Bombay plague: being a history of the progress of plague in the Bombay presidency from September 1896 to June 1899
Year: 1896
Disease focus: Plague
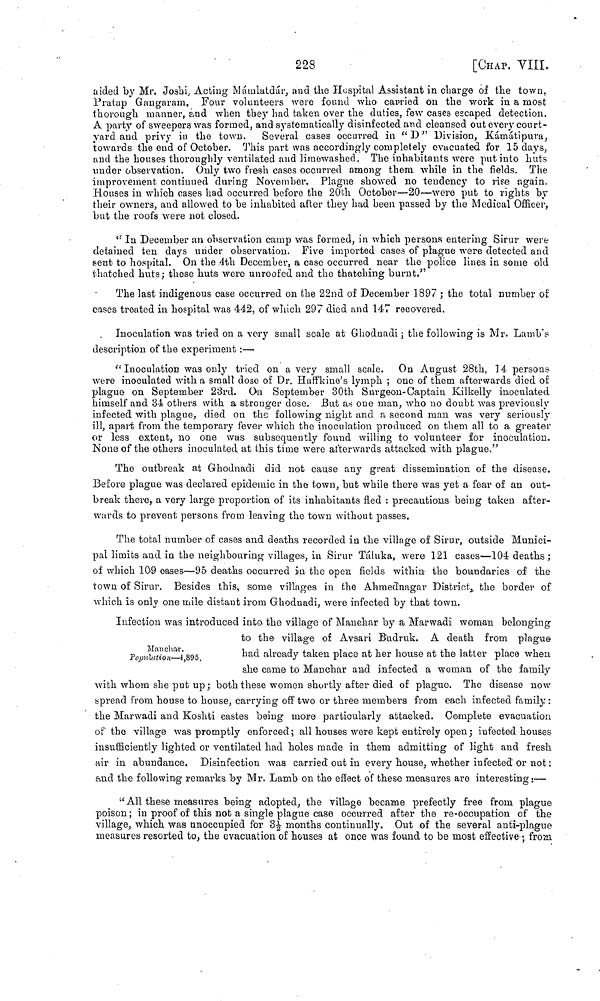
228
[CHAP. VIII.
aided by Mr. Joshi, Acting Mámlatdár, and the Hospital Assistant in charge of the town,
Pratap Gangaram. Four volunteers were found who carried on the work in a most
thorough manner, and when they had taken over the duties, few cases escaped detection.
A party of sweepers was formed, and systematically disinfected and cleansed out every court-
yard and privy in the town. Several cases occurred in "D" Division, Kámátipura,
towards the end of October. This part was accordingly completely evacuated for 15 days,
and the houses thoroughly ventilated and limewashed. The inhabitants were put into huts
under observation. Only two fresh cases occurred among them while in the fields. The
improvement continued during November. Plague showed no tendency to rise again.
Houses in which cases had occurred before the 20th October—20—were put to rights by
their owners, and allowed to be inhabited after they had been passed by the Medical Officer,
but the roofs were not closed.
"In December an observation camp was formed, in which persons entering Sirur were
detained ten days under observation. Five imported cases of plague were detected and
sent to hospital. On the 4th December, a case occurred near the police lines in some old
thatched huts ; these huts were unroofed and the thatching burnt."
The last indigenous case occurred on the 22nd of December 1897 ; the total number of
oases treated in hospital was 442, of which 297 died and 147 recovered.
Inoculation was tried on a very small scale at Ghodnadi ; the following is Mr. Lamb's
description of the experiment :—
"Inoculation was only tried on a very small scale. On August 28th, 14 persons
were inoculated with a smalt dose of Dr. Haffkine's lymph ; one of them afterwards died of
plague on September 23rd. On September 30th Surgeon-Captain Kilkelly inoculated
himself and 34 others with a stronger dose. But as one man, who no doubt was previously
infected with plague, died on the following night and a second man was very seriously
ill, apart from the temporary fever which the inoculation produced on them all to a greater
or less extent, no one was subsequently found willing to volunteer for inoculation.
None of the others inoculated at this time were afterwards attacked with plague."
The outbreak at Ghodnadi did not cause any great dissemination of the disease.
Before plague was declared epidemic in the town, but while there was yet a fear of an out-
break there, a very large proportion of its inhabitants fled : precautions being taken after-
wards to prevent persons from leaving the town without passes,
The total number of cases and deaths recorded in the village of Sirur, outside Munici-
pal limits and in the neighbouring villages, in Sirur Táluka, were 121 cases—104 deaths;
of which 109 cases—95· deaths occurred in the open fields within the boundaries of the
town of Sirur. Besides this, some villages in the Ahmednagar District, the border of
which is only one mile distant from Ghodnadi, were infected by that town.
Manchar.
Population—1,895.
Infection was introduced into the village of Manchar by a Marwadi woman belonging·
to the village of Avsari Budruk. A death from plague
had already taken place at her honse at the latter place when
she came to Manchar and infected a woman of the family
with whom she put up; both these women shortly after died of plague. The disease now
spread from house to house, carrying off two or three members from each infected family :
the Marwadi and Koshti eastes being more particularly attacked. Complete evacuation
of the village was promptly enforced; all houses were kept entirely open ; infected houses
insufficiently lighted or ventilated had holes made in them admitting of light and fresh
air in abundance. Disinfection was carried out in every house, whether infected or not :
and the following remarks by Mr. Lamb on the enect of these measures are interesting:—
"All these measures being adopted, the village became prefectly free from plague
poison ; in proof of this not a single plague case occurred after the re-occupation of the
village, which was unoccupied for 3 1/2 months continually. Out of the several anti-plague
measures resorted to, the evacuation of houses at once was found to be most effective ; from